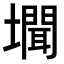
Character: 𭏾